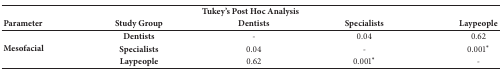
<table><thead><tr><td colspan="5"><b>Tukey&#x27;s Post Hoc Analysis</b></td></tr><tr><td><b>Parameter</b></td><td><b>Study Group</b></td><td><b>Dentists</b></td><td><b>Specialists</b></td><td><b>Laypeople</b></td></tr></thead><tbody><tr><td rowspan="3"><b>Mesofacial</b></td><td><b>Dentists</b></td><td>-</td><td>0.04</td><td>0.62</td></tr><tr><td><b>Specialists</b></td><td>0.04</td><td>-</td><td>0.001<sup><i>∗</i></sup></td></tr><tr><td><b>Laypeople</b></td><td>0.62</td><td>0.001<sup><i>∗</i></sup></td><td>-</td></tr></tbody></table>